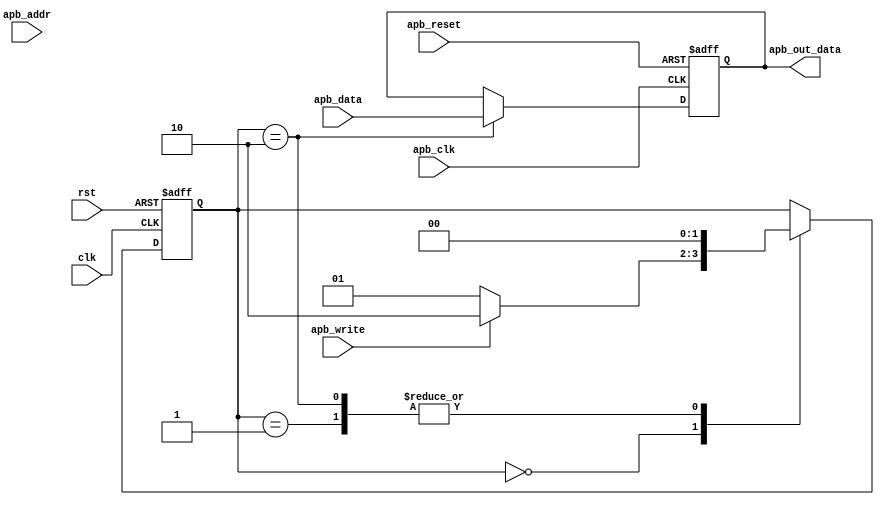
module APB_controller (
    input wire clk,                  // Clock input
    input wire rst,                  // Reset input
    input wire apb_clk,              // APB clock input
    input wire apb_reset,            // APB reset input
    input wire apb_write,            // APB write signal
    input wire [31:0] apb_addr,      // APB address
    input wire [31:0] apb_data,      // APB data
    output wire [31:0] apb_out_data  // Data output
);

// Define state machine states
parameter IDLE = 2'b00;
parameter READ = 2'b01;
parameter WRITE = 2'b10;

reg [1:0] state;
reg [31:0] internal_data;

always @(posedge clk or posedge rst) begin
    if (rst) begin
        state <= IDLE;
    end else begin
        case(state)
            IDLE: begin
                if (apb_write) begin
                    state <= WRITE;
                end else begin
                    state <= READ;
                end
            end
            READ: begin
                // Read data from connected device
                // Set internal_data with read data
                state <= IDLE;
            end
            WRITE: begin
                // Write data to connected device
                // Perform signal adjustments if needed
                state <= IDLE;
            end
        endcase
    end
end

always @(posedge apb_clk or posedge apb_reset) begin
    if (apb_reset) begin
        internal_data <= 32'b0;
    end else begin
        if (state == WRITE) begin
            // Write data to connected device
            internal_data <= apb_data;
        end
    end
end

assign apb_out_data = internal_data;

endmodule